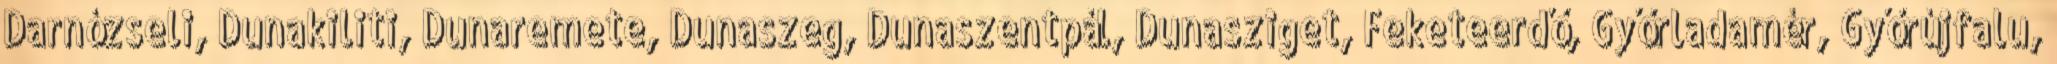
Darnózseli, Dunakiliti, Dunaremete, Dunaszeg, Dunaszentpál, Dunasziget, Feketeerdő, Győrladamér, Győrújfalu,